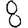
Digit: 8